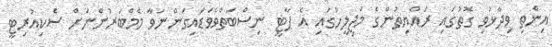
އިންތި ވިދާޅުވި ގޮތުގައި ރައްޔިތުންގެ މަޖިލީހުގައި އެ ޕާޓީ ނިސްބަތްވެވަޑައިގަންނަވާ މެމްބަރުންނަށް ސެކިއުރިޓީ